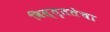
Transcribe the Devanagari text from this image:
विस्तृततेचा